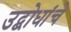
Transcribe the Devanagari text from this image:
उद्बोधांचे